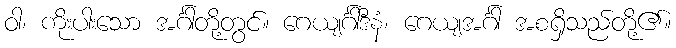
ဝါ၊ ကိုးပါးသော အင်္ဂါတို့တွင်။ ဂေယျင်္ဂါဒီနံ၊ ဂေယျအင်္ဂါ အစရှိသည်တို့၏။